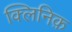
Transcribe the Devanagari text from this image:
क्लिनिक़